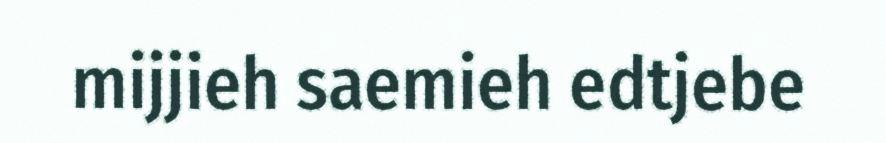
mijjieh saemieh edtjebe